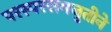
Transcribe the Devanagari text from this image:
परस्परसमजुतीने